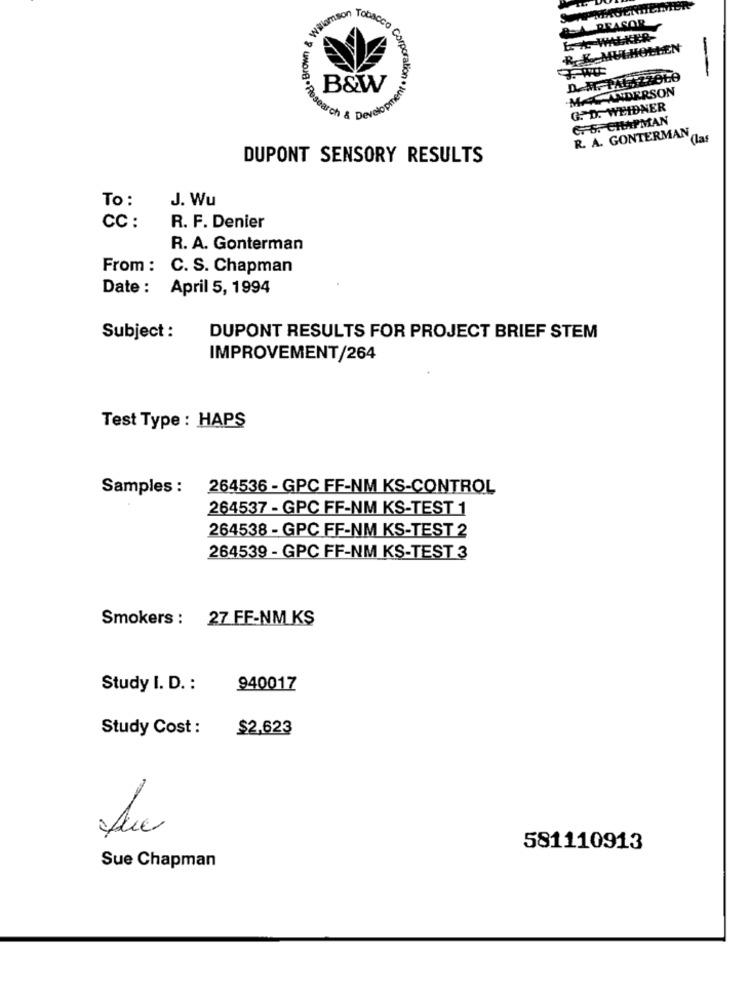
A DRASOR
Bosett . Brown
EL WALKER
R. K.MUI-HOLLEN
-
D.M. PAL ZZOLO
-
B&W
MAC ANDERSON
G. D. WEIDNER
parch & Developer
C. S. CHAPMAN
R. A. GONTERMAN
DUPONT SENSORY RESULTS
To :
J. Wu
CC :
R. F. Denier
R. A. Gonterman
From : C. S. Chapman
Date : April 5, 1994
Subject :
DUPONT RESULTS FOR PROJECT BRIEF STEM
IMPROVEMENT/264
Test Type : HAPS
Samples :
264536 - GPC FF-NM KS-CONTROL
264537 - GPC FF-NM KS-TEST 1
264538 - GPC FF-NM KS-TEST 2
264539 - GPC FF-NM KS-TEST 3
Smokers : 27 FF-NM KS
Study I. D. :
940017
Study Cost :
$2.623
581110913
Sue Chapman